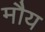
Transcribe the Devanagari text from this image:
मौय